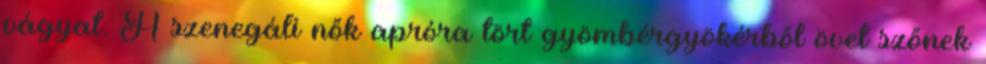
vágyat. A szenegáli nők apróra tört gyömbérgyökérből övet szőnek